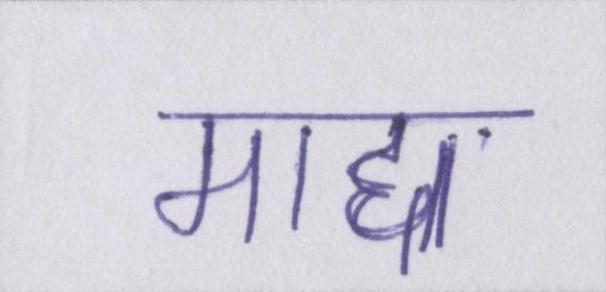
माद्दा